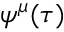
\psi ^ { \mu } ( \tau )